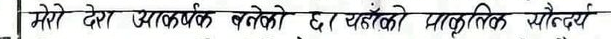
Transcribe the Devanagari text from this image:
मेरो देश उपल्ब्ध भएको दर याहाँको प्राकृतिक सौन्दय